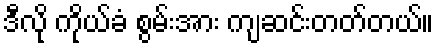
ဒီလို ကိုယ်ခံ စွမ်းအား ကျဆင်းတတ်တယ်။